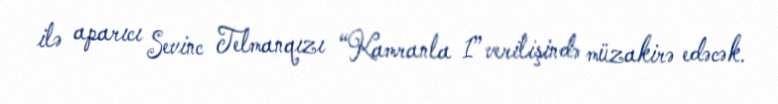
ilə aparıcı Sevinc Telmanqızı “Kamranla 1” verilişində müzakirə edəcək.